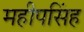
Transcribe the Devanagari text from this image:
महीपसिंह